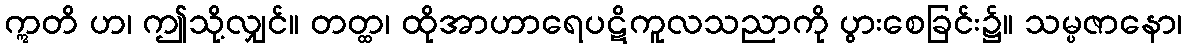
ဣတိ ဟ၊ ဤသို့လျှင်။ တတ္ထ၊ ထိုအာဟာရေပဋိကူလသညာကို ပွားစေခြင်း၌။ သမ္ပဇာနော၊